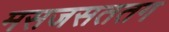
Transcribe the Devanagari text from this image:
मसजसततग